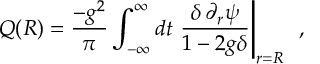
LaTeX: Q ( R ) = \frac { - g ^ { 2 } } { \pi } \int _ { - \infty } ^ { \infty } d t ~ \frac { \delta \, \partial _ { r } \psi } { 1 - 2 g \delta } \Biggr | _ { r = R } ~ ~ ,